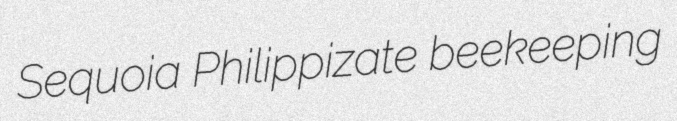
Sequoia Philippizate beekeeping